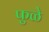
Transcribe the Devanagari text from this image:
फुळे